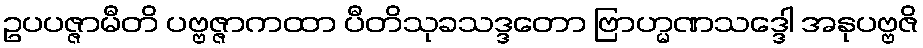
ဥပပဇ္ဇာမီတိ ပဗ္ဗဇ္ဇာကထာ ပီတိသုခသဒ္ဒတော ဗြာဟ္မဏသဒ္ဒေါ အနုပဗ္ဗဇိ